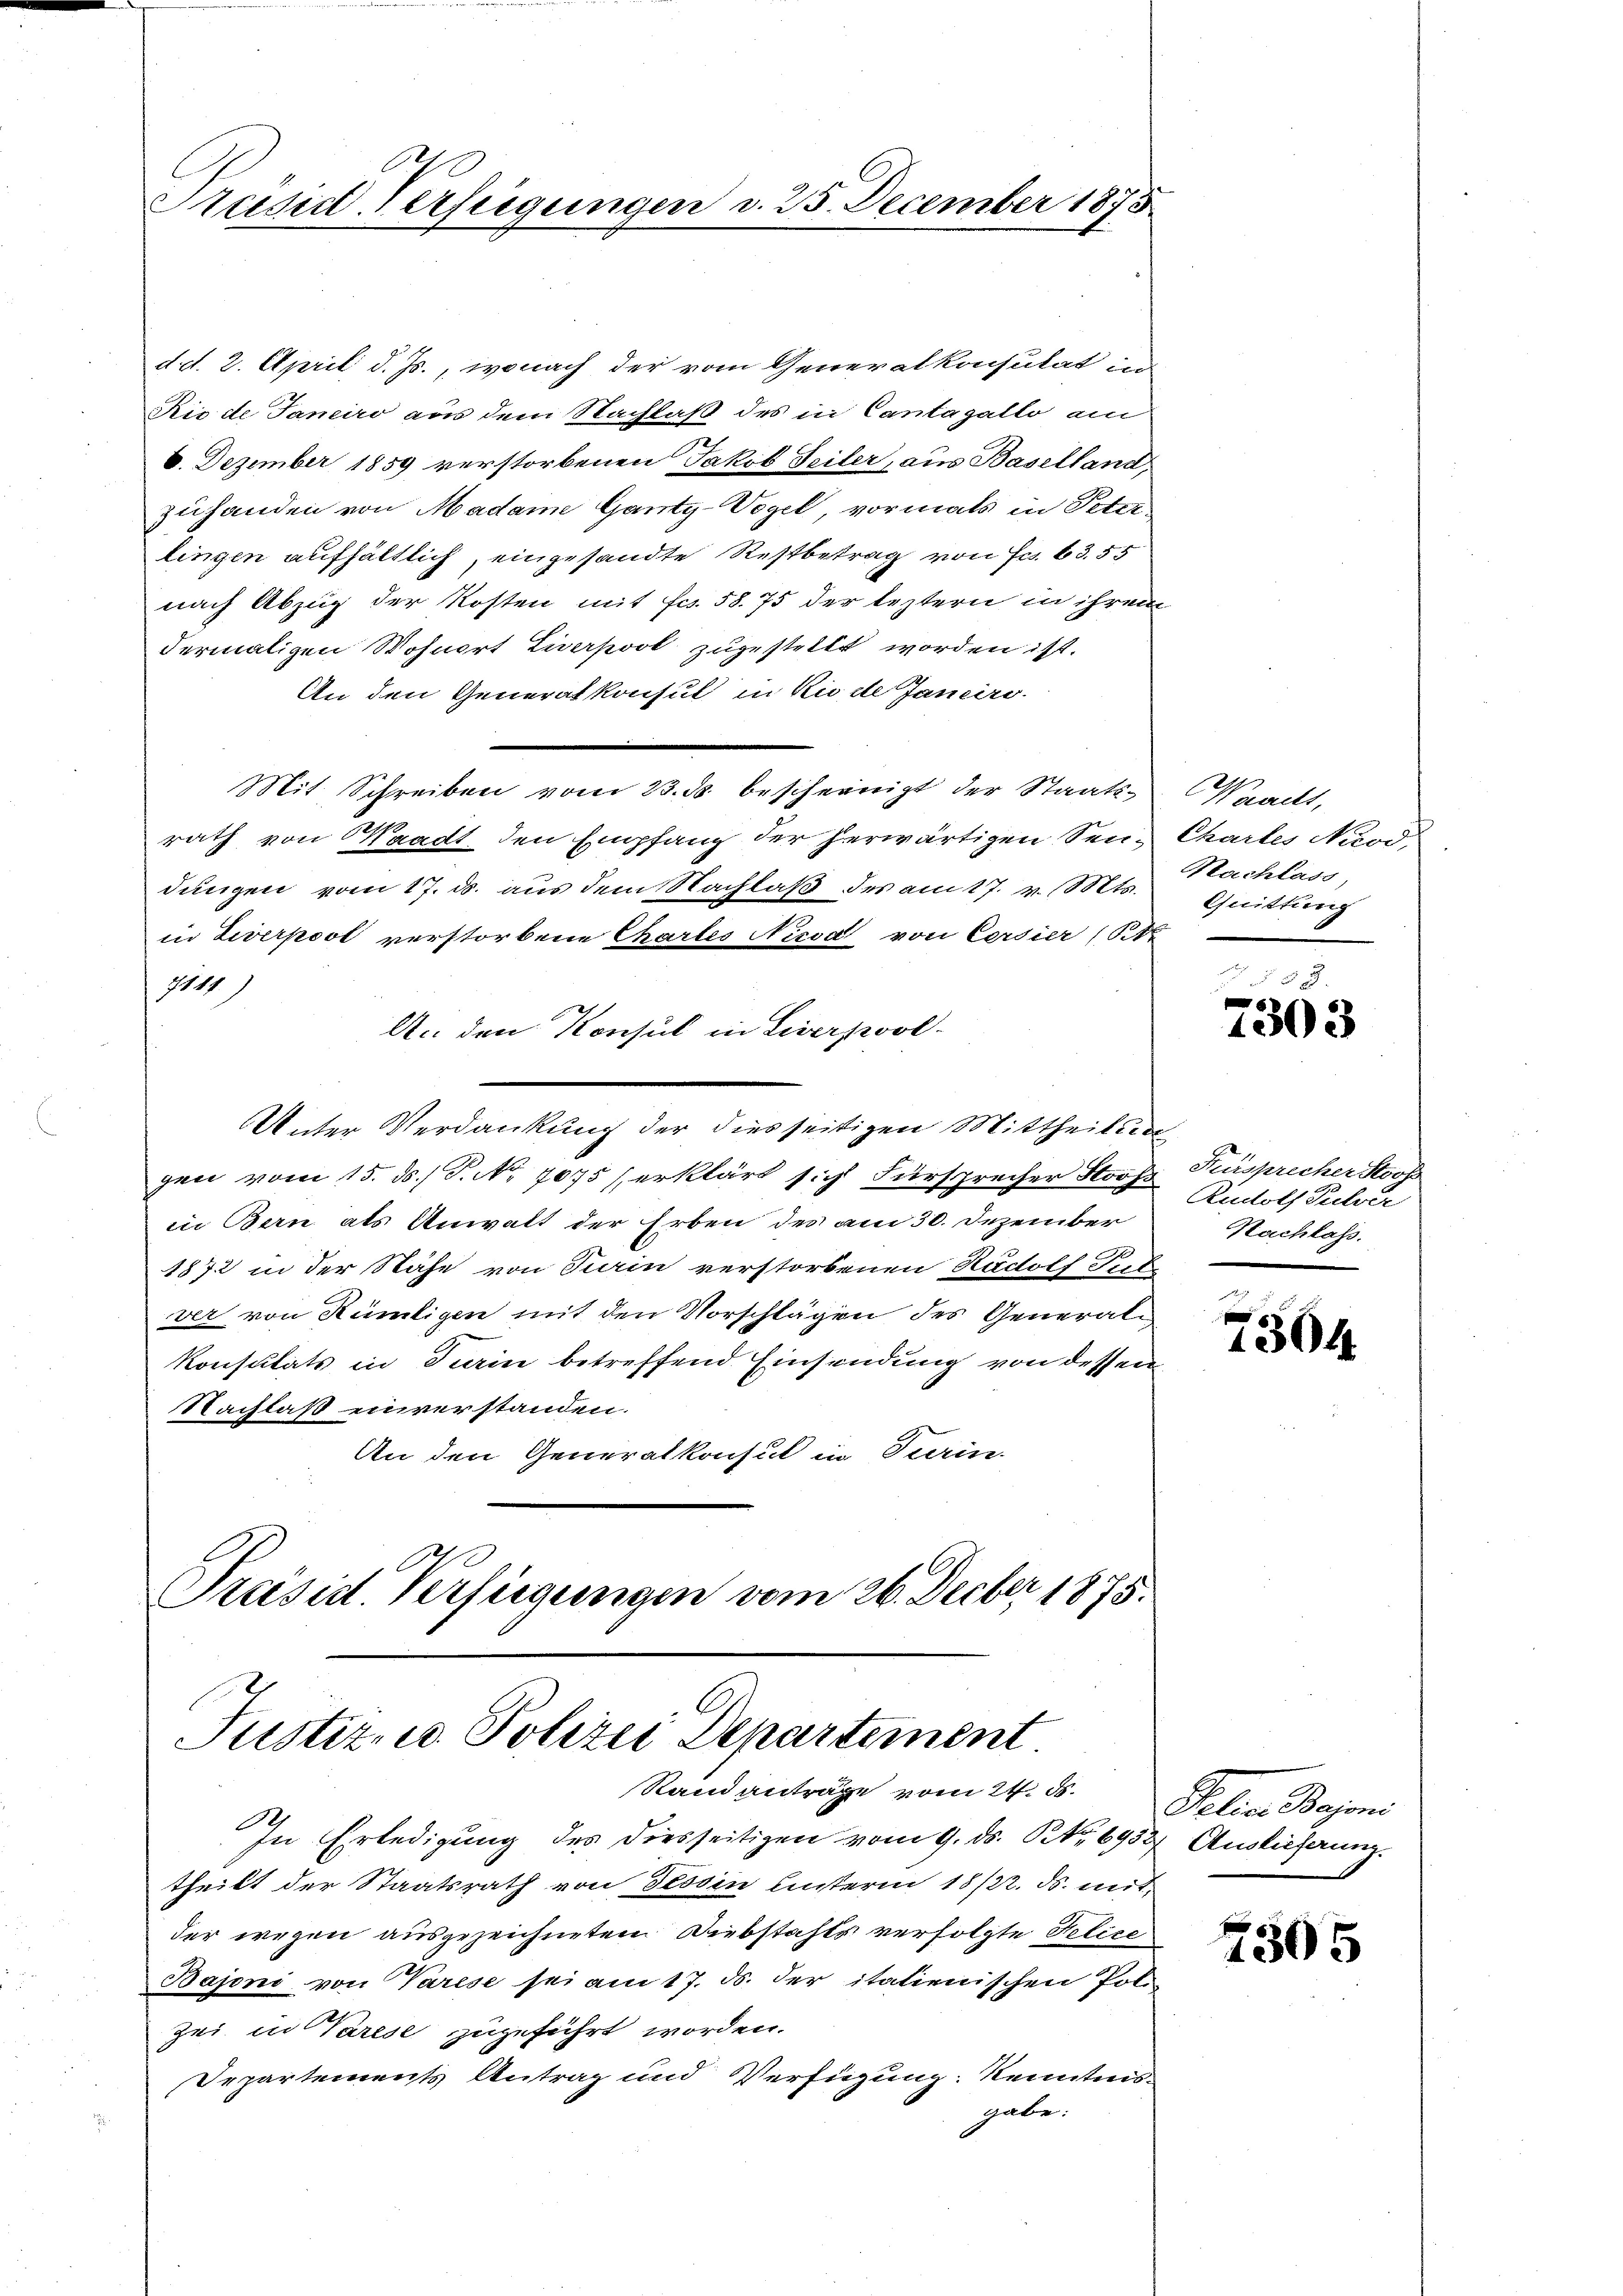
Präsid Verfeigungen d. 25. December 1873

d. d. 2. April d. Js., wonach der vom Generalkonsulat in
Rio de Janeiro aus dem Nachlaß des in Cantagello am
6. Dezember 1859 verstorbenen Jakob Teiler, aus Baselland,
zuhanden von Madame Ganty-Vogel, vormals in Peter
lingen aufhältlich, eingesandte Restbetrag von Fr. 63. 55
nach Abzug der Kosten mit Fr. 58. 75 der leztern in ihren
dermaligen Wohnort Liverpool zugestellt worden ist.
An den Generalkonsul in Rio de Janeiro
Mit Schreiben vom 23. ds bescheinigt der Staats-Waackt,
rath von Waadt, den Empfang der herwärtigen Senn Chartes Nrod,
dungen vom 17. ds. aus dem Nachlaβ des am 17. v. Mts. Quittung
in Liverpost verstorbene Chartes Nicod von Corsier (St
1111
An den Konsul in Liverpool-
Unter Verdankung der dies seitigen Mittheilun
gen vom 15. ds. / P. No. 7075 erklärt sich Fürsprecher Stooss Fürsprecher Stoop
in Bern als Anwalt der Erben des am 30. Dezember
1872 in der Nähe von Sein verstorbenen Rudolf Piet
ver von Rümligen mit den Vorschlägen des General¬
Konsulats in Turin betreffend Einsendung von dessen
Nachlaß einverstanden.
An den Generalkonsul in Turin

e
Präsid. Verfügungen vom 26. Decbr. 1875.
C.
Justiz- u. Polizei Departement
Stand anträge vom 24. ds. Relige Bajoni

In Erledigung des diesseitigen vom 9. ds. S. 6952 Auslichung.
theilt der Staatsrath von Tessin hinterm 18/22. ds. mit
der wegen ausgezeichneten Diebstahls verfolgte Telice
Bajoni von Varese sei am 17. ds. der italienischen Pol
zei in Varese zugeführt worden.
Departements Antrag und Verfügung: Kenntnisgabe.

Nachlass,

583.
e
1303

Rudolf Pulver
Nachlass.
e

2364

7505